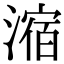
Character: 㴼